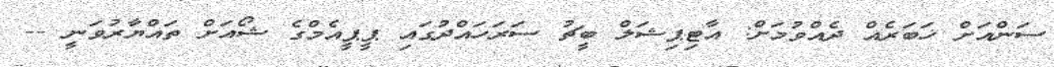
ސަންއަށް ޚަބަރެއް ދެއްވުމަށް: އާޓިޕިޝަލް ބީޗު ސަރަހައްދުގައި ޕީޕީއެމްގެ ޝޯއަށް ތައްޔާރުވަނީ --